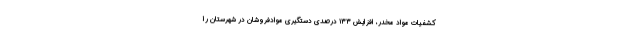
کشفیات مواد مخدر، افزایش ۱۳۳ درصدی دستگیری موادفروشان در شهرستان را